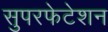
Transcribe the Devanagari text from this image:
सुपरफेटेशन